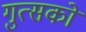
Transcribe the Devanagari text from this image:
गुत्सको